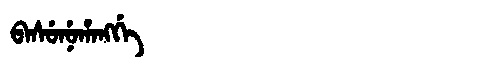
Manchu: ᠪᠠᠰᡠᠨᡠᡥᠠᠩᡤᡝ
Romanization: BASUNUHANGGE